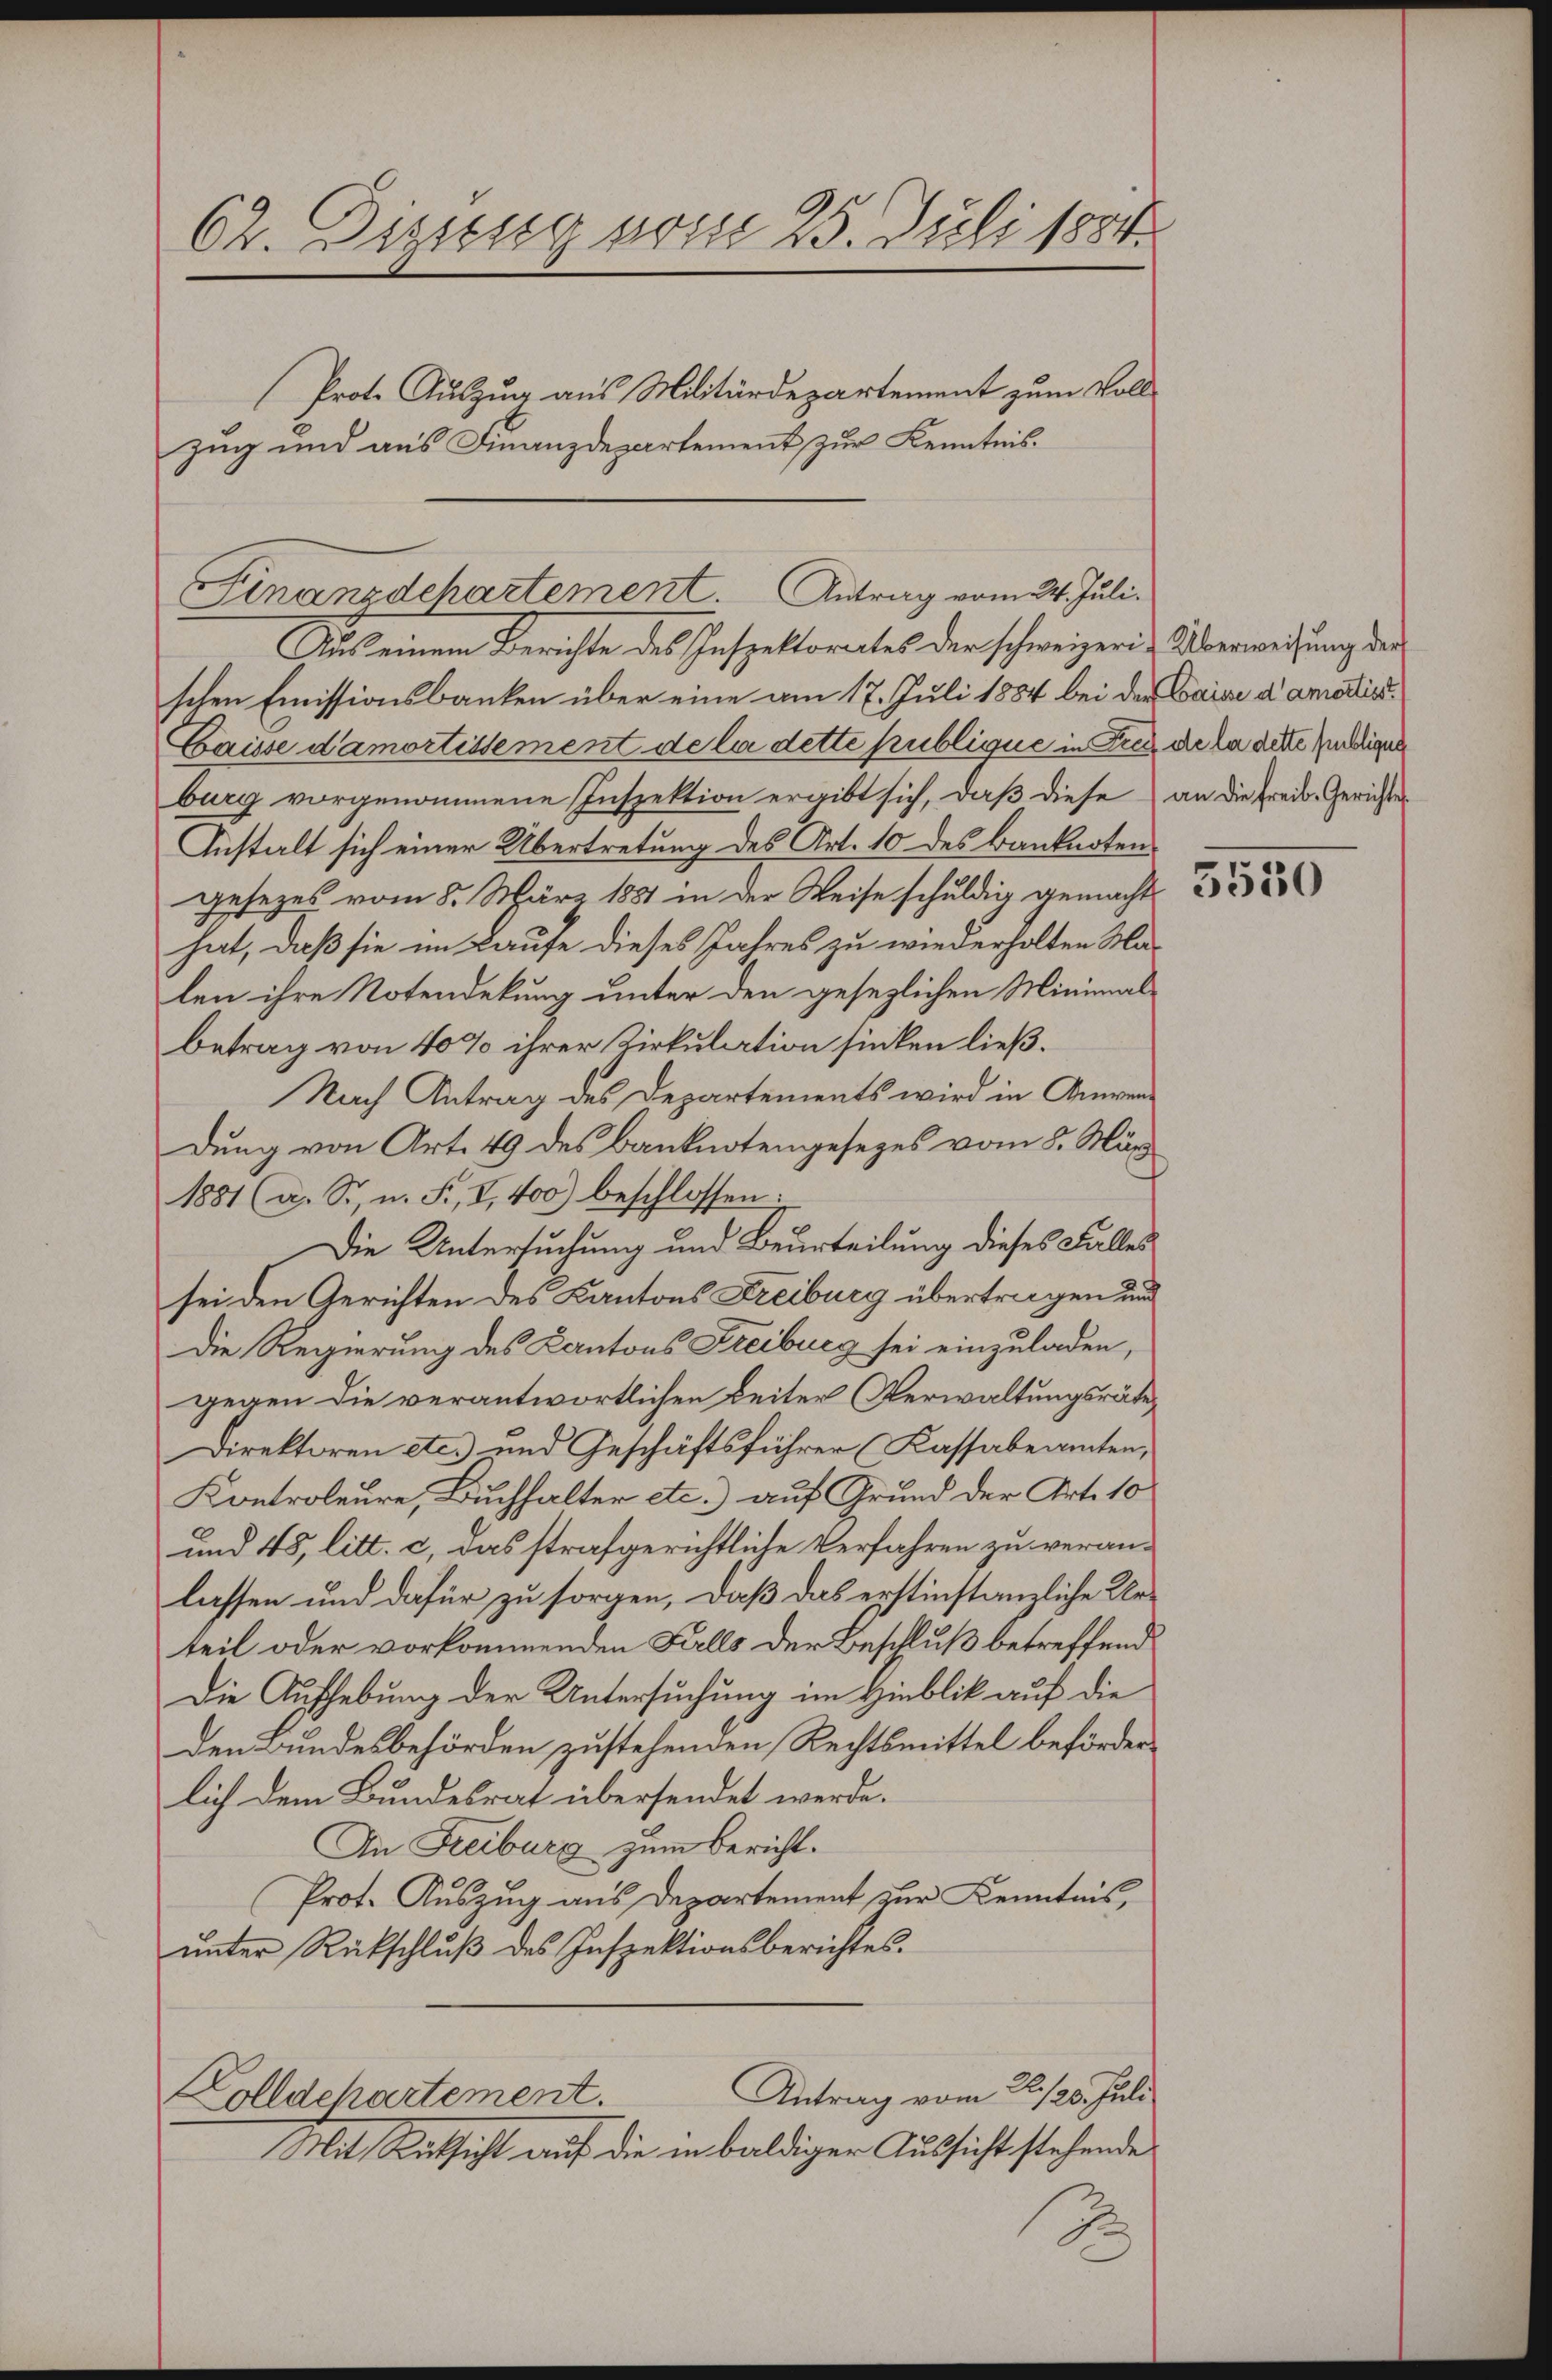
62. Diessung vom 25. Juli 1884
Prot. Auszug aus Militärdepartement zum Vollzug und aus Finanzdepartement zur Kenntnis.

Finanzdchartement. Antrag vom 24. Juli.

Sich einem Berichte des Inspektorates der schweizerin Überweisung der
schen Emissionsbanken über eine am 17. Juli 1884 bei der Waise d’amois
Caisse damortissement de la dette publique in Zug die la dette Eige
burg vorgenommene Inspektion ergibt sich, daß diese an die Freib-Gerichtes
Anstalt sich einer Übertretung des Art. 10 des Banknoten
gesezes vom 8. März 1881 in der Weise schuldig gemacht
hat, daß sie im Laufe dieses Jahres zu wiederholten Ma-
len ihre Notendekung unter den gesezlichen Minimalbetrag von 40% ihrer Zirkulation sinken ließ.
Nach Antrag des Departements wird in Anwendung von Art. 49 des Banknotengesezes vom 8. Mär
1881 (a. Sr. n. F., I, 400) beschlossen:
Die Untersuchung und Beurteilung dieses Falles
sei den Gerichten des Kantons Freiburg übertragen und
Die Regierung des Cantons Freiburg sei einzuladen,
gegen die verantwortlichen Beiter (Verwaltungsräte,
Direktoren etc.) und Geschäftsführer (Kassabeamten,
Kontroleure, Buchhalter etc.) auf Grund der Art. 10
und 48, litt. c. das strafgerichtliche Verfahren zu veranlassen und dafür zu sorgen, daß das erstinstanzliche Urteil oder vorkommenden Falls der Beschluß betreffend
Die Aufhebung der Untersuchung im Hinblik auf die
den Bundesbehörden zustehenden Rechtsmittel beförderlich dem Bundesrat übersendet werde.
An Freiburg zum Bericht.
Prot. Auszug aus Departement zur Kenntnis,
unter Rückschluß des Inspektionsberichtes.
Antrag vom 26./25. Juli
Zolldepartement.
Mit Rücksicht auf die in baldiger Aussicht stehende
J